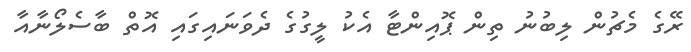
ރޭގެ މެޗުން ލިބުނު ތިން ޕޮއިންޓާ އެކު ލީގުގެ ދެވަނައިގައި އޮތް ބާސެލޯނާއާ